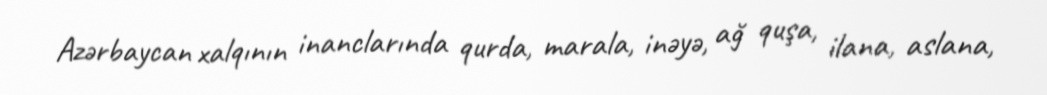
Azərbaycan xalqının inanclarında qurda, marala, inəyə, ağ quşa, ilana, aslana,